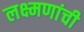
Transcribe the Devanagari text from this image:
लक्ष्मणांची